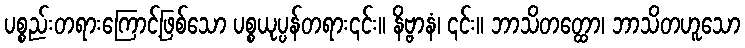
ပစ္စည်းတရားကြောင့်ဖြစ်သော ပစ္စယုပ္ပန်တရား၎င်း။ နိဗ္ဗာနံ၊ ၎င်း။ ဘာသိတတ္ထော၊ ဘာသိတဟူသော